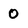
Character: 0